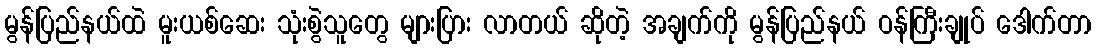
မွန်ပြည်နယ်ထဲ မူးယစ်ဆေး သုံးစွဲသူတွေ များပြား လာတယ် ဆိုတဲ့ အချက်ကို မွန်ပြည်နယ် ဝန်ကြီးချုပ် ဒေါက်တာ